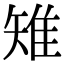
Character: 雉